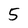
Character: 5